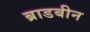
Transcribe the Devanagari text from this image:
ब्राडबीन